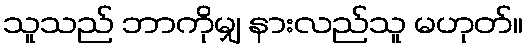
သူသည် ဘာကိုမျှ နားလည်သူ မဟုတ်။